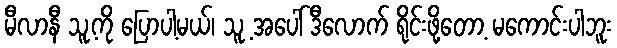
မီလာနီ သူ့ကို ပြောပါ့မယ်၊ သူ့ အပေါ် ဒီလောက် ရိုင်းဖို့တော့ မကောင်းပါဘူး